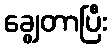
ချွေတာပြီး